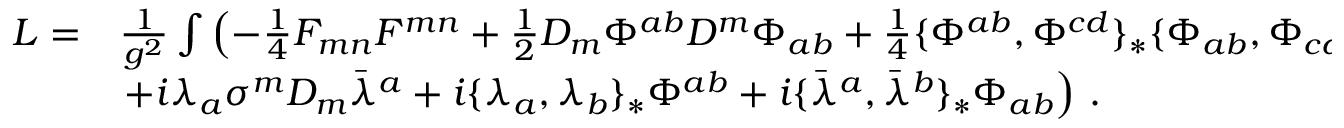
\begin{array} { r l } { { { \cal L } = } } & { { \frac { 1 } { g ^ { 2 } } \int \left( - \frac { 1 } { 4 } F _ { m n } F ^ { m n } + \frac { 1 } { 2 } D _ { m } \Phi ^ { a b } D ^ { m } \Phi _ { a b } + \frac { 1 } { 4 } \{ \Phi ^ { a b } , \Phi ^ { c d } \} _ { * } \{ \Phi _ { a b } , \Phi _ { c d } \} _ { * } \right. + } } \\ { { } } & { { \left. + i \lambda _ { a } \sigma ^ { m } D _ { m } \bar { \lambda } ^ { a } + i \{ \lambda _ { a } , \lambda _ { b } \} _ { * } \Phi ^ { a b } + i \{ \bar { \lambda } ^ { a } , \bar { \lambda } ^ { b } \} _ { * } \Phi _ { a b } \right) \, . } } \end{array}